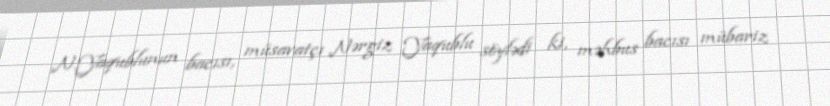
N.Yaqublunun bacısı, müsavatçı Nərgiz Yaqublu söylədi ki, məhbus bacısı mübariz